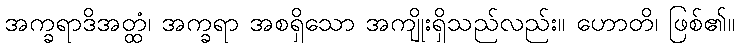
အက္ခရာဒိအတ္ထံ၊ အက္ခရာ အစရှိသော အကျိုးရှိသည်လည်း။ ဟောတိ၊ ဖြစ်၏။